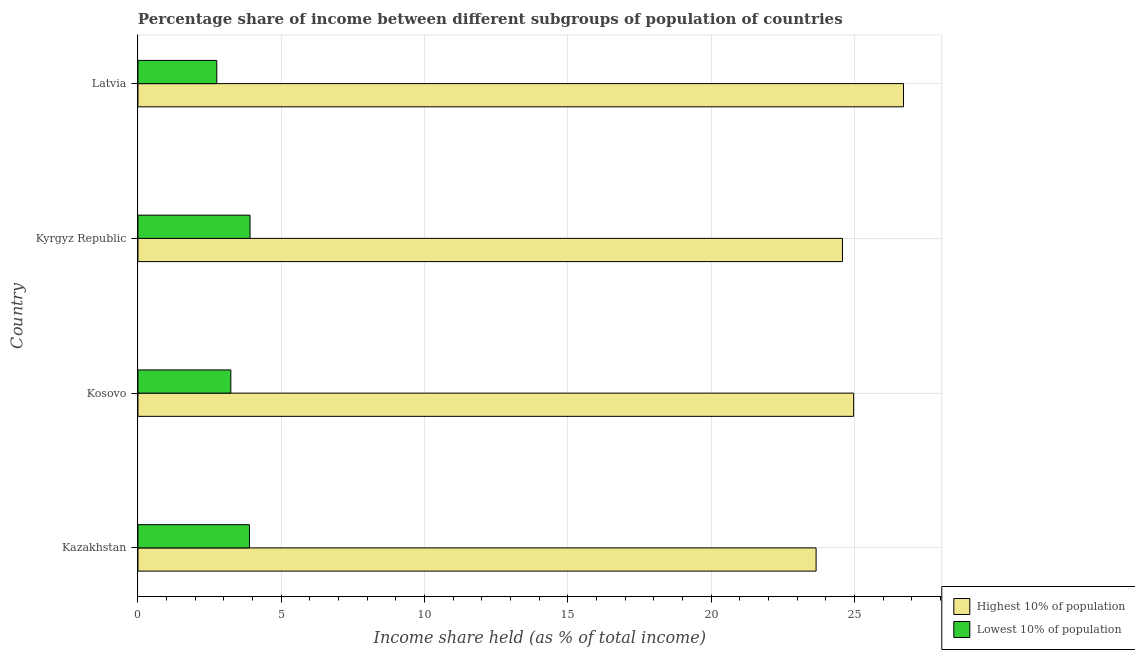
| Country | Highest 10% of population | Lowest 10% of population |
 | --- | --- | --- |
 | Kazakhstan | 23.7 | 3.89 |
 | Kosovo | 25 | 3.24 |
 | Kyrgyz Republic | 24.6 | 3.91 |
 | Latvia | 26.7 | 2.75 |